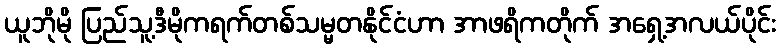
ယူဘိုမို ပြည်သူ့ဒီမိုကရက်တစ်သမ္မတနိုင်ငံဟာ အာဖရိကတိုက် အရှေ့အလယ်ပိုင်း